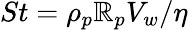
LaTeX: St=\rho_{p}\mathbb{R}_{p}V_{w}/\eta